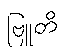
ဗြူတိ